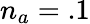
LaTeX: n_{a}=.1